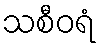
သစီဝရံ